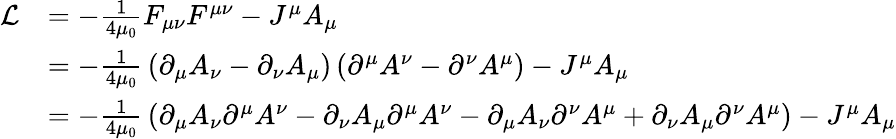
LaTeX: {\begin{array}{rl}{{\mathcal{L}}}&{=-{\frac{1}{4\mu_{0}}}F_{\mu\nu}F^{\mu\nu}-J^{\mu}A_{\mu}}\\ &{=-{\frac{1}{4\mu_{0}}}\left(\partial_{\mu}A_{\nu}-\partial_{\nu}A_{\mu}\right)\left(\partial^{\mu}A^{\nu}-\partial^{\nu}A^{\mu}\right)-J^{\mu}A_{\mu}}\\ &{=-{\frac{1}{4\mu_{0}}}\left(\partial_{\mu}A_{\nu}\partial^{\mu}A^{\nu}-\partial_{\nu}A_{\mu}\partial^{\mu}A^{\nu}-\partial_{\mu}A_{\nu}\partial^{\nu}A^{\mu}+\partial_{\nu}A_{\mu}\partial^{\nu}A^{\mu}\right)-J^{\mu}A_{\mu}}\end{array}}